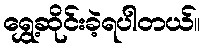
ရွှေ့ဆိုင်းခဲ့ရပါတယ်။